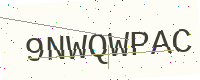
Text: 9NWQWPAC